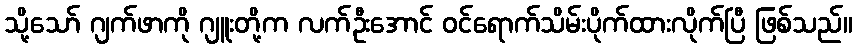
သို့သော် ဂျက်ဖာကို ဂျူးတို့က လက်ဦးအောင် ဝင်ရောက်သိမ်းပိုက်ထားလိုက်ပြီ ဖြစ်သည်။